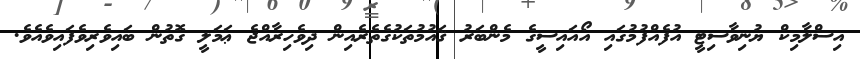
އިސްލާމިކް ޔުނިވާސިޓީ އުފެއްފުމުގައި އޯއައިސީގެ މެންބަރު ޤައުމުތަކުގެތެރެއިން ދިވެހިރާއްޖެ ޢަމަލީ ގޮތުން ބައިވެރިވެފައިވެއެވެ.